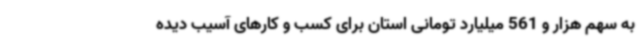
به سهم هزار و 561 میلیارد تومانی استان برای کسب و کارهای آسیب دیده